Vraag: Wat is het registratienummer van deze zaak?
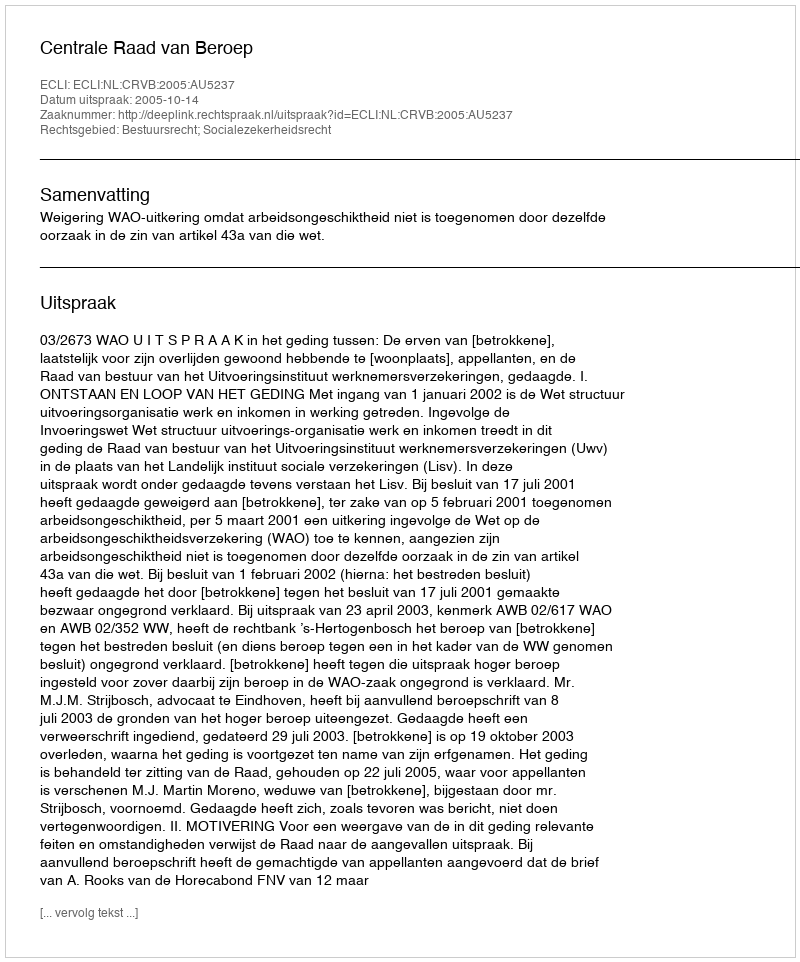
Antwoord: http://deeplink.rechtspraak.nl/uitspraak?id=ECLI:NL:CRVB:2005:AU5237